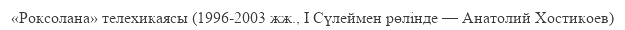
«Роксолана» телехикаясы (1996-2003 жж., I Сүлеймен рөлінде — Анатолий Хостикоев)